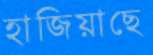
হাজিয়াছে